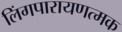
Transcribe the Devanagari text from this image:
लिंगपारायणत्मक